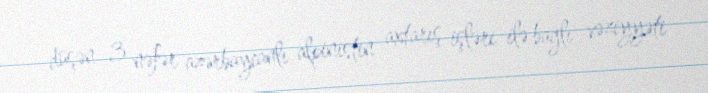
düşən 3 nəfər azərbaycanlı alpinistin axtarış işləri ilə bağlı vəziyyəti